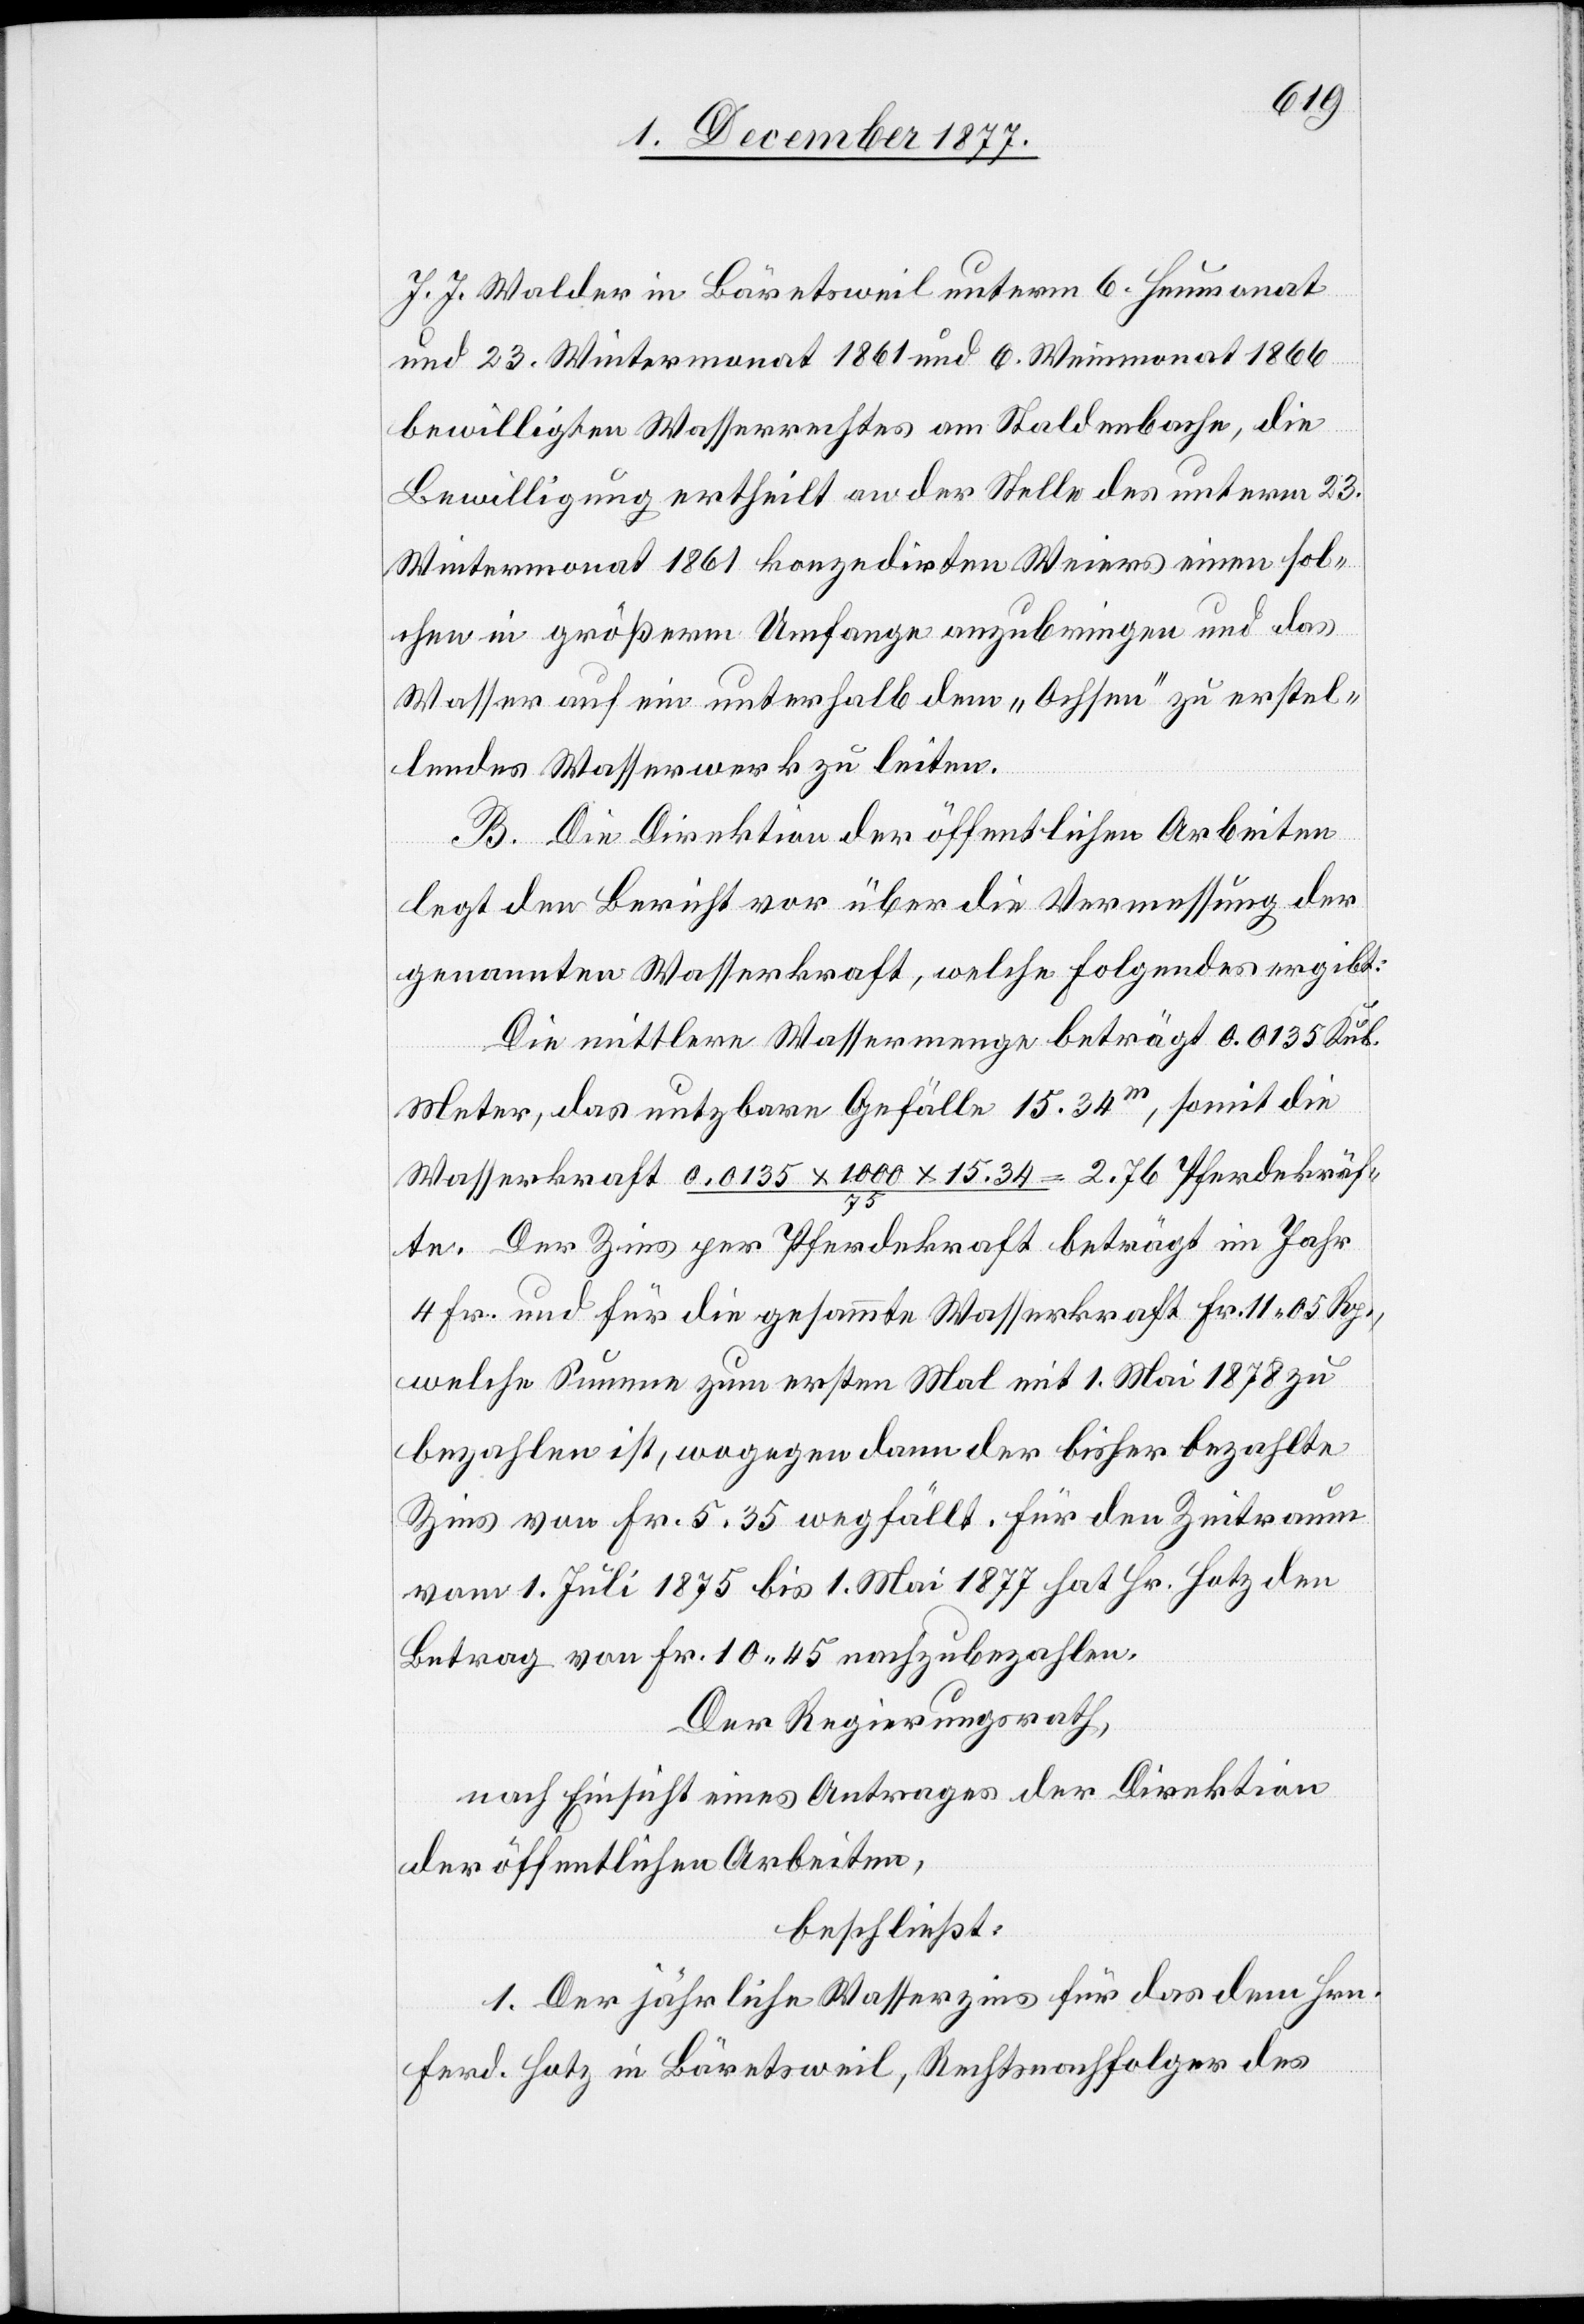
J. J. Walder in Bäretsweil unterm 6. Heumonat
und 23. Wintermonat 1861 und 6. Weinmonat 1866
bewilligten Wasserrechtes am Staldenbache, die
Bewilligung ertheilt an der Stelle des unterm 23.
Wintermonat 1861 konzedirten Weiers einen sol¬
chen in größerm Umfange anzubringen und das
Wasser auf ein unterhalb dem „Ochsen“ zu erstel¬
lendes Wasserwerk zu leiten.
B. Die Direktion der öffentlichen Arbeiten
legt den Bericht vor über die Vermessung der
genannten Wasserkraft, welche Folgendes ergibt:
Die mittlere Wassermenge beträgt 0.0135 Kub.
Meter, das nutzbare Gefälle 15.34m, somit die
Wasserkraft 0,0135 x 1000 x 15.34 / 75 = 2.76 Pferdekräf¬
te. Der Zins per Pferdekraft beträgt im Jahr
4 Fr. und für die gesammte Wasserkraft Fr. 11 05 Rp.,
welche Summe zum ersten Mal mit 1. Mai 1878 zu
bezahlen ist, wogegen dann der bisher bezahlte
Zins von Fr. 5.35 wegfällt. Für den Zeitraum
vom 1. Juli 1875 bis 1. Mai 1877 hat Hr. Hotz den
Betrag von Fr. 10.45 nachzubezahlen.
Der Regierungsrath,
nach Einsicht eines Antrages der Direktion
der öffentlichen Arbeiten,
beschließt:
I.] Der jährliche Wasserzins für das dem Hrn.
Ferd. Hotz in Bäretsweil, Rechtsnachfolger des